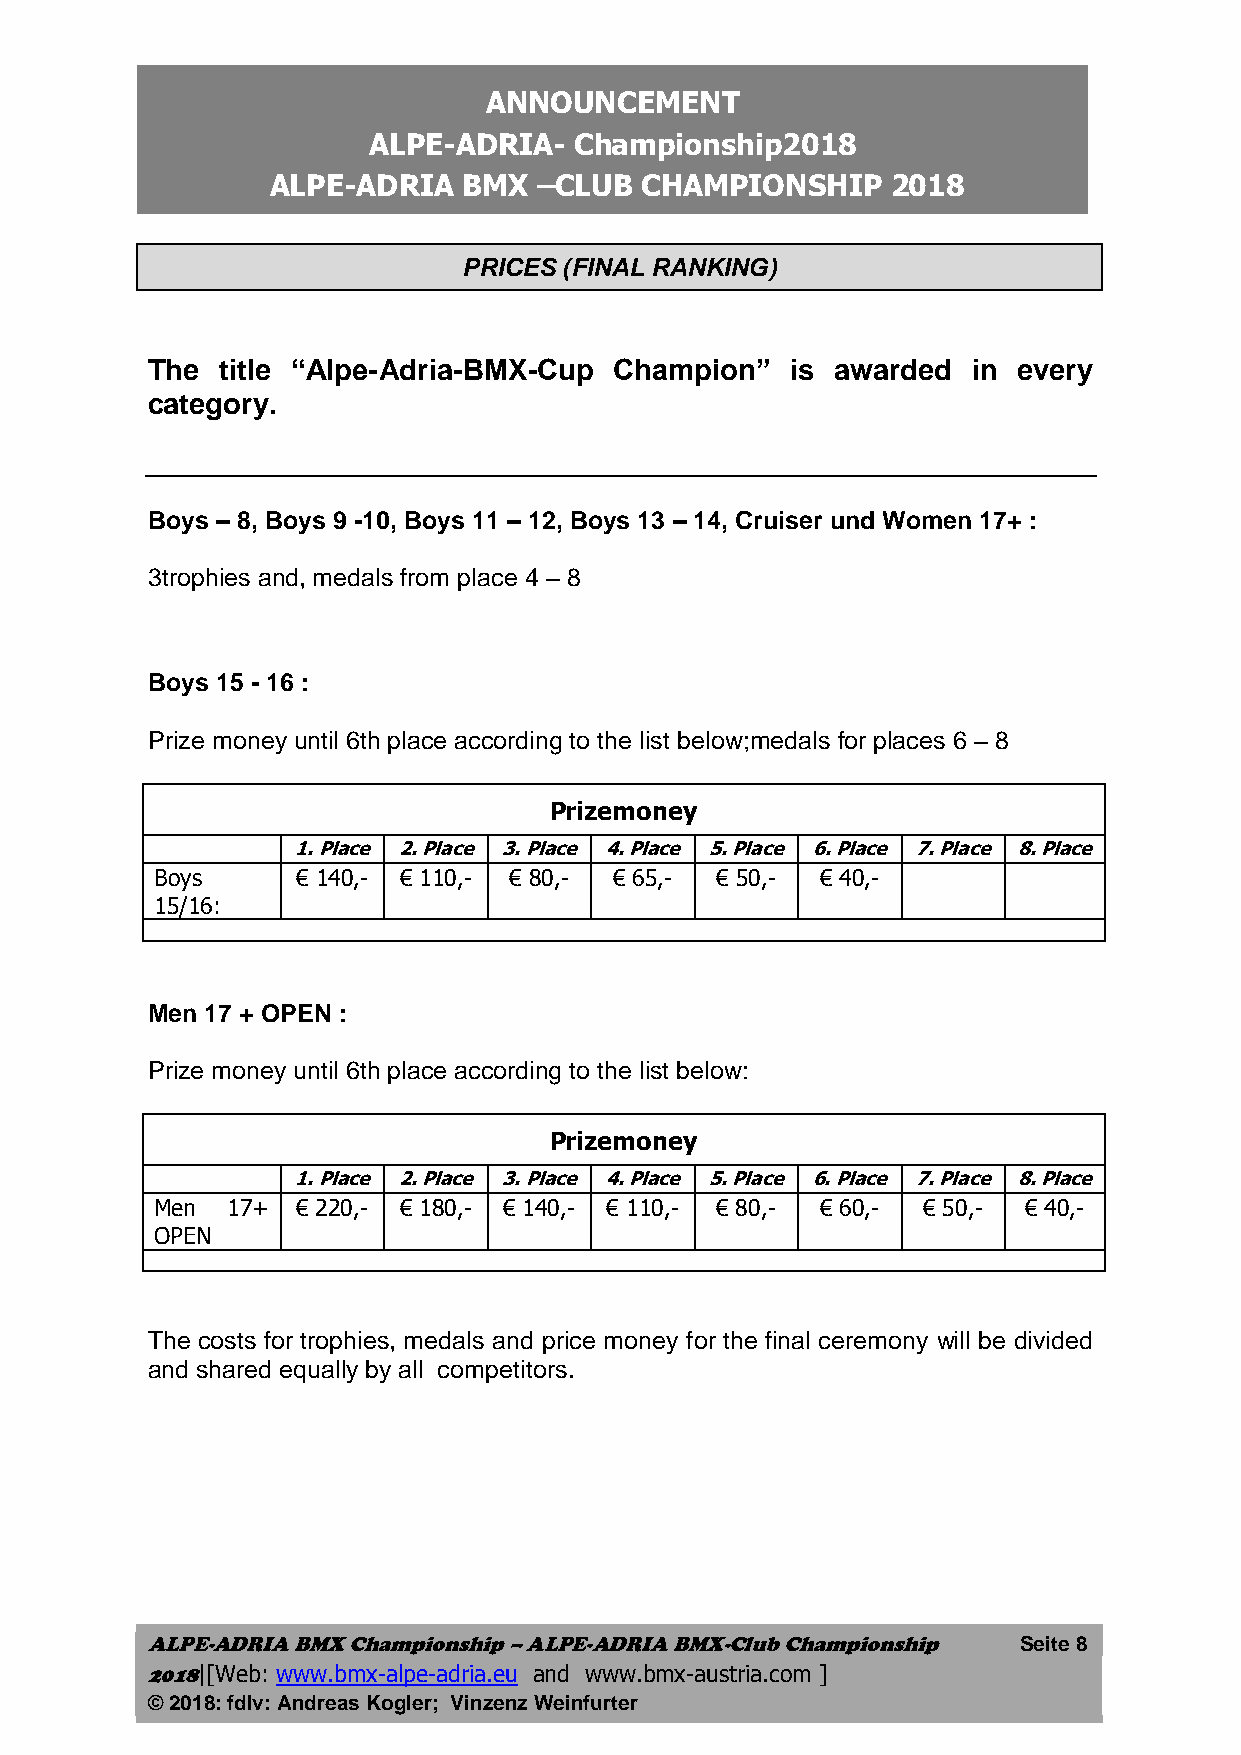
ANNOUNCEMENT
 ALPE-ADRIA-   Championship2018
 ALPE-ADRIA   BMX  –CLUB CHAMPIONSHIP     2018
 PRICES (FINAL RANKING)
 The  title “Alpe-Adria-BMX-Cup Champion”  is awarded  in every
 category.
 Boys – 8, Boys 9 -10, Boys 11 – 12, Boys 13 – 14, Cruiser und Women 17+ :
 3trophies and, medals from place 4 – 8
 Boys 15 - 16 :
 Prize money until 6th place according to the list below;medals for places 6 – 8
 Prizemoney
 1. Place 2. Place 3. Place 4. Place 5. Place 6. Place 7. Place 8. Place
 Boys      € 140,- € 110,- € 80,- € 65,- € 50,- € 40,-
 15/16:
 Men 17 + OPEN :
 Prize money until 6th place according to the list below:
 Prizemoney
 1. Place 2. Place 3. Place 4. Place 5. Place 6. Place 7. Place 8. Place
 Men  17+  € 220,- € 180,- € 140,- € 110,- € 80,- € 60,- € 50,- € 40,-
 OPEN
 The costs for trophies, medals and price money for the final ceremony will be divided
 and shared equally by all competitors.
 ALPE-ADRIA BMX Championship – ALPE-ADRIA BMX-Club Championship Seite 8
 2018|[Web: www.bmx-alpe-adria.eu and www.bmx-austria.com ]
 © 2018: fdIv: Andreas Kogler; Vinzenz Weinfurter